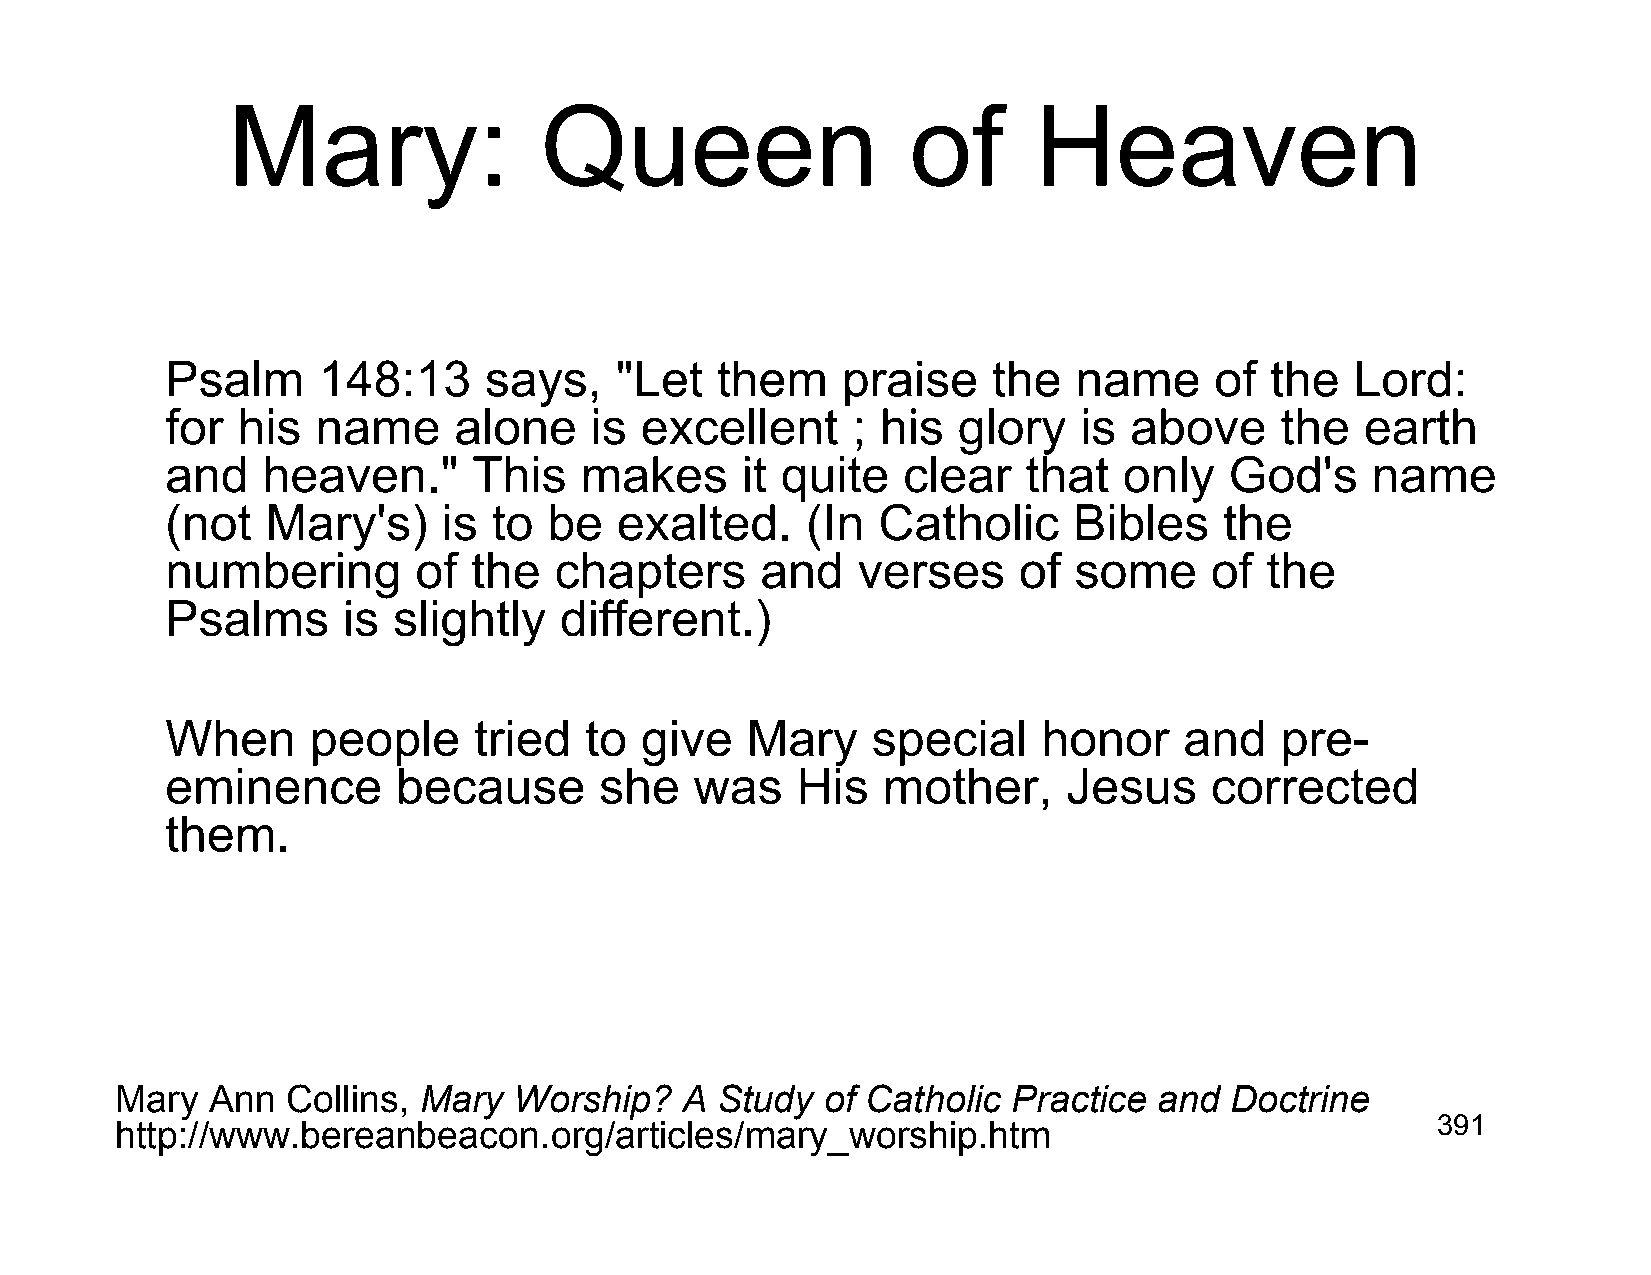
Mary:                Queen                   of      Heaven
 Psalm     148:13     says,    "Let  them     praise    the  name     of  the   Lord:
 for  his  name     alone    is excellent     ; his  glory   is  above     the  earth
 and   heaven."      This   makes      it quite   clear   that  only   God's     name
 (not   Mary's)    is  to be   exalted.    (In  Catholic     Bibles    the
 numbering       of  the   chapters     and    verses    of  some     of  the
 Psalms      is slightly   different.)
 When      people    tried   to give   Mary     special    honor    and    pre-
 eminence       because       she   was    His  mother,      Jesus    corrected
 them.
 Mary  Ann  Collins, Mary  Worship?   A Study   of Catholic Practice  and Doctrine
 http://www.bereanbeacon.org/articles/mary_worship.htm                                  391